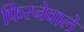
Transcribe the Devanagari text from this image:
फिरनेवाले